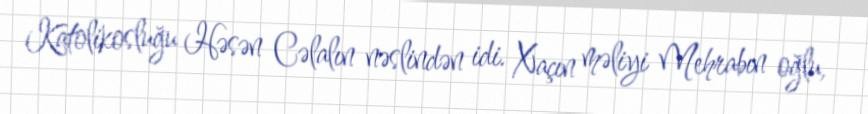
Katolikosluğu Həsən Cəlalın nəslindən idi. Xaçın məliyi Mehrabın oğlu,